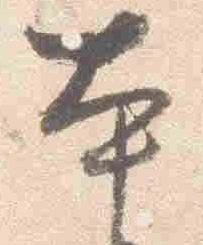
本